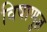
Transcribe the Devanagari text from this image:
विषाणुज्ञ